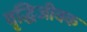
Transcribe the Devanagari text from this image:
वृद्धिजीवक